Scottish Leaving Certificate Examination, 1958
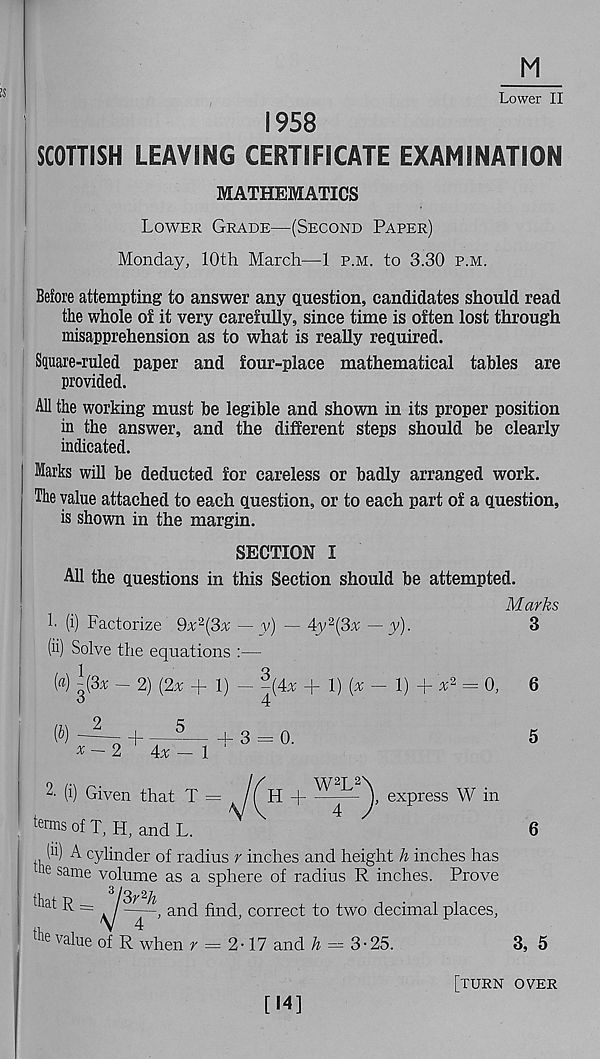
M
Lower II
1958
SCOTTISH LEAVING CERTIFICATE EXAMINATION
MATHEMATICS
Lower Grade—(Second Paper)
Monday, 10th March—1 p.m. to 3.30 p.m.
Before attempting to answer any question, candidates should read
the whole of it very carefully, since time is often lost through
misapprehension as to what is really required.
Square-ruled paper and four-place mathematical tables are
provided.
All the working must be legible and shown in its proper position
in the answer, and the different steps should be clearly
indicated.
Marks will be deducted for careless or badly arranged work.
The value attached to each question, or to each part of a question,
is shown in the margin.
SECTION I
All the questions in this Section should be attempted.
h (i) Factorize Qx 2 {3% — y) — Ay % (3% — y).
(ii) Solve the equations :—
Marks
3
5
2 ' (i) Given that T
6
( u ) A cylinder of radius r inches and height h inches has
16 sarae volume as a sphere of radius R inches. Prove
at ^
and find, correct to two decimal places,
value of R when r = 2-17 and — 3-25.
3, 5
[TURN over
[14]